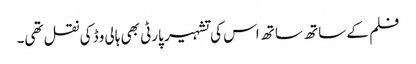
فلم کے ساتھ ساتھ اس کی تشہیر پارٹی بھی ہالی وڈ کی نقل تھی۔